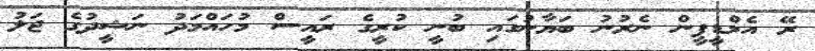
ރޭ އެމްޑީޕީން ނެރުނު ބަޔާނުގައި ބުނީ ކުރީގެ ރައީސް މުހައްމަދު ނަޝީދުގެ ޖަލު